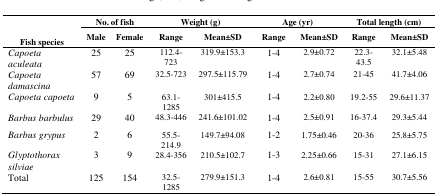
<table><thead><tr><td rowspan="3"><b>Fish species</b></td><td colspan="2"><b>No. of fish</b></td><td colspan="2"><b>Weight (g)</b></td><td colspan="2"><b>Age (yr)</b></td><td colspan="2"><b>Total length (cm)</b></td></tr><tr><td><b>Male</b></td><td><b>Female</b></td><td><b>Range</b></td><td><b>Mean±SD</b></td><td><b>Range</b></td><td><b>Mean±SD</b></td><td><b>Range</b></td><td><b>Mean±SD</b></td></tr></thead><tbody><tr><td><i>Capoeta aculeata</i></td><td>25</td><td>25</td><td>112.4-723</td><td>319.9±153.3</td><td>1-4</td><td>2.9±0.72</td><td>22.3-43.5</td><td>32.1±5.48</td></tr><tr><td><i>Capoeta damascina</i></td><td>57</td><td>69</td><td>32.5-723</td><td>297.5±115.79</td><td>1-4</td><td>2.7±0.74</td><td>21-45</td><td>41.7±4.06</td></tr><tr><td><i>Capoeta capoeta</i></td><td>9</td><td>5</td><td>63.1-1285</td><td>301±415.5</td><td>1-4</td><td>2.2±0.80</td><td>19.2-55</td><td>29.6±11.37</td></tr><tr><td><i>Barbus barbulus</i></td><td>29</td><td>40</td><td>48.3-446</td><td>241.6±101.02</td><td>1-4</td><td>2.5±0.91</td><td>16-37.4</td><td>29.3±5.44</td></tr><tr><td><i>Barbus grypus</i></td><td>2</td><td>6</td><td>55.5-214.9</td><td>149.7±94.08</td><td>1-2</td><td>1.75±0.46</td><td>20-36</td><td>25.8±5.75</td></tr><tr><td><i>Glyptothorax silviae</i></td><td>3</td><td>9</td><td>28.4-356</td><td>210.5±102.7</td><td>1-3</td><td>2.25±0.66</td><td>15-31</td><td>27.1±6.15</td></tr><tr><td>Total</td><td>125</td><td>154</td><td>32.5-1285</td><td>279.9±151.3</td><td>1-4</td><td>2.6±0.81</td><td>15-55</td><td>30.7±5.56</td></tr></tbody></table>